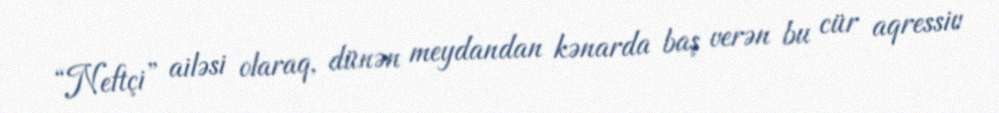
“Neftçi” ailəsi olaraq, dünən meydandan kənarda baş verən bu cür aqressiv